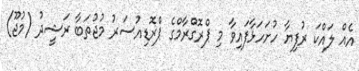
އެއް ލައްކަ ރުފިޔާ ހުށަހަޅާފައިވާ މި ޕްރޮގްރާމްގެ ޕްރޮޑިއުސަރު މުޖުތަބާ ރަޝީދު (މުޖޫ)